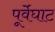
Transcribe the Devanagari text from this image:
पूर्वेघाट